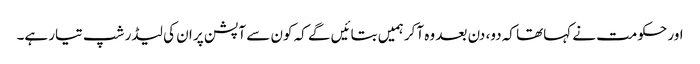
اور حکومت نے کہاتھا کہ دو، دن بعد وہ آکر ہمیں بتائیں گے کہ کون سے آپشن پر ان کی لیڈر شپ تیار ہے۔